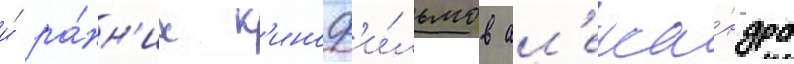
и́ ра́нн'их к'иноф'и́льмов ал'екса́ндра